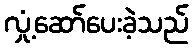
လှုံ့ဆော်ပေးခဲ့သည်